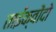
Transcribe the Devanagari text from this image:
ताईक्वोंदो